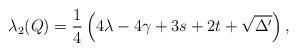
LaTeX: \begin{align*}\lambda_2(Q)=\frac14\left(4\lambda-4\gamma+3s+2t+\sqrt{\Delta'}\right),\end{align*}